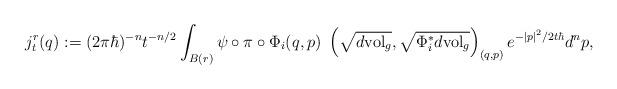
LaTeX: \begin{align*}j_{t}^{r}(q):=(2\pi\hbar)^{-n}t^{-n/2}\int_{B(r)}\psi\circ\pi\circ\Phi_{i}(q,p)~\left( \sqrt{d\mathrm{vol}_{g}},\sqrt{\Phi_{i}^{\ast} d\mathrm{vol}_{g}}\right)_{(q,p)}e^{-\left\vert p\right\vert ^{2}/2t\hbar}d^{n}p,\end{align*}